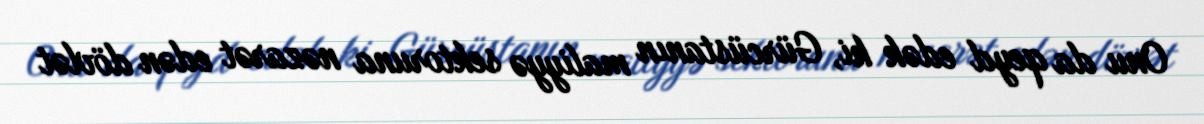
Onu da qeyd edək ki, Gürcüstanın maliyyə sektoruna nəzarət edən dövlət